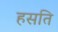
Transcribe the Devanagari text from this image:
हसति